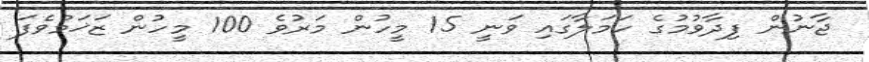
ޖާނުން ފިދާވުމުގެ ހަމަލާގައި ވަނީ 15 މީހުން މަރުވެ 100 މީހުން ޒަޚަމްވެފަ